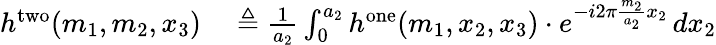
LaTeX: \begin{array}{rl}{h^{\mathrm{two}}(m_{1},m_{2},x_{3})}&{{}\triangleq{\frac{1}{a_{2}}}\int_{0}^{a_{2}}h^{\mathrm{one}}(m_{1},x_{2},x_{3})\cdot e^{-i2\pi{\frac{m_{2}}{a_{2}}}x_{2}}\, dx_{2}}\end{array}